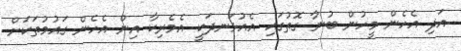
އަދި އެހެން މީހުން ބުނާ ގޮތުގައި އެއުޅަނދަކީ އެމެރިކާ އިން އެހެން ގައުމުތަކަށް